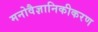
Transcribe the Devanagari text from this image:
मनोवैज्ञानिकीकरण